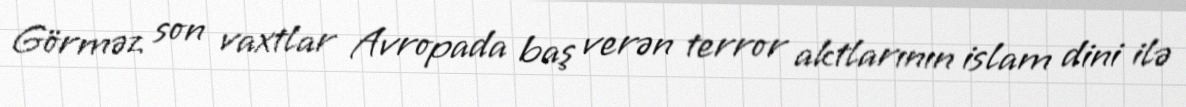
Görməz son vaxtlar Avropada baş verən terror aktlarının islam dini ilə